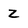
Character: Z